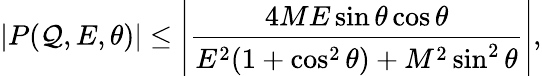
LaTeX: |P(\mathcal{Q},E,\theta)|\leq\left|\frac{{4ME\sin\theta\cos\theta}}{{E^{2}(1+\cos^{2}\theta)+M^{2}\sin^{2}\theta}}\right|,